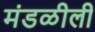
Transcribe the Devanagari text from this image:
मंडळीली